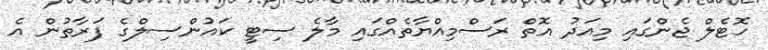
ހޮޓެލް ޖެންގައި މިއަދު އޮތް ރަސްމިއްޔާތެއްގައި މާލެ ސިޓީ ކައުންސިލްގެ ފަރާތުން އެ